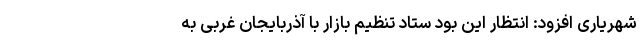
شهریاری افزود: انتظار این بود ستاد تنظیم بازار با آذربایجان غربی به